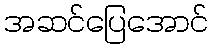
အဆင်ပြေအောင်